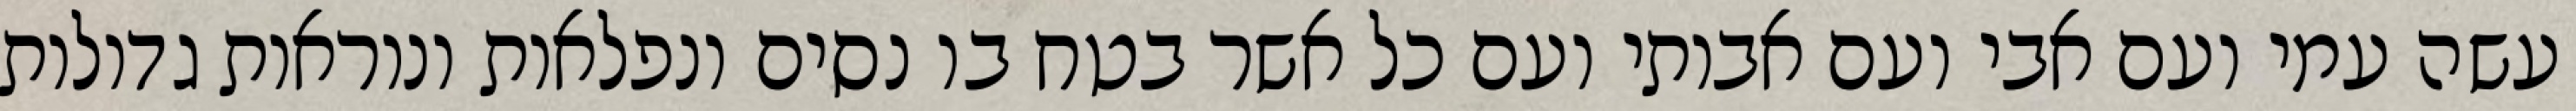
עשה עמי ועם אבי ועם אבותי ועם כל אשר בטח בו נסים ונפלאות ונוראות גדולות